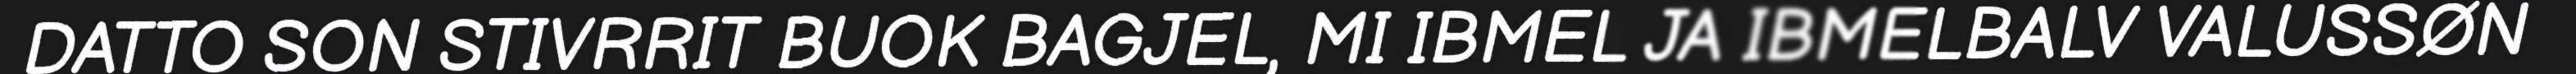
DATTO SON STIVRRIT BUOK BAGJEL, MI IBMEL JA IBMELBALV VALUSSØN